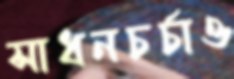
সাধনচর্চাও